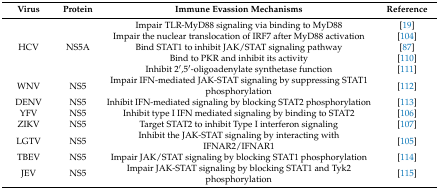
<table><thead><tr><td><b>Virus</b></td><td><b>Protein</b></td><td><b>Immune Evassion Mechanisms</b></td><td><b>Reference</b></td></tr></thead><tbody><tr><td rowspan="5">HCV</td><td rowspan="5">NS5A</td><td>Impair TLR-MyD88 signaling via binding to MyD88</td><td>[19]</td></tr><tr><td>Impair the nuclear translocation of IRF7 after MyD88 activation</td><td>[104]</td></tr><tr><td>Bind STAT1 to inhibit JAK/STAT signaling pathway</td><td>[87]</td></tr><tr><td>Bind to PKR and inhibit its activity</td><td>[110]</td></tr><tr><td>Inhibit 2′,5′-oligoadenylate synthetase function</td><td>[111]</td></tr><tr><td>WNV</td><td>NS5</td><td>Impair IFN-mediated JAK-STAT signaling by suppressing STAT1 phosphorylation</td><td>[112]</td></tr><tr><td>DENV</td><td>NS5</td><td>Inhibit IFN-mediated signaling by blocking STAT2 phosphorylation</td><td>[113]</td></tr><tr><td>YFV</td><td>NS5</td><td>Inhibit type I IFN mediated signaling by binding to STAT2</td><td>[106]</td></tr><tr><td>ZIKV</td><td>NS5</td><td>Target STAT2 to inhibit Type I interferon signaling</td><td>[107]</td></tr><tr><td>LGTV</td><td>NS5</td><td>Inhibit the JAK-STAT signaling by interacting with IFNAR2/IFNAR1</td><td>[105]</td></tr><tr><td>TBEV</td><td>NS5</td><td>Impair JAK/STAT signaling by blocking STAT1 phosphorylation</td><td>[114]</td></tr><tr><td>JEV</td><td>NS5</td><td>Impair JAK-STAT signaling by blocking STAT1 and Tyk2 phosphorylation</td><td>[115]</td></tr></tbody></table>